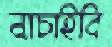
নাচাইবি